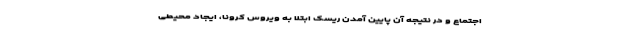
اجتماع و در نتیجه آن پایین آمدن ریسک ابتلا به ویروس کرونا، ایجاد محیطی